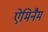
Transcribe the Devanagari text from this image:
ऐमिनैम